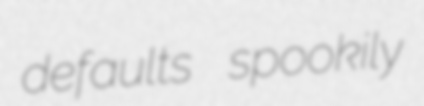
defaults spookily